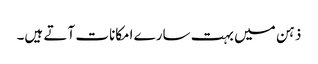
ذہن میں بہت سارے امکانات آتے ہیں۔